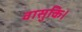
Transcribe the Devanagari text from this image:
वासुकि।